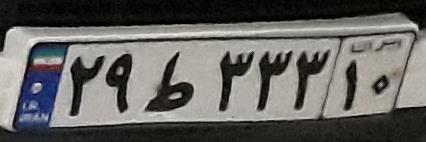
۲۹ط۳۳۳۱۰